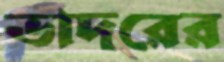
ভাদরের